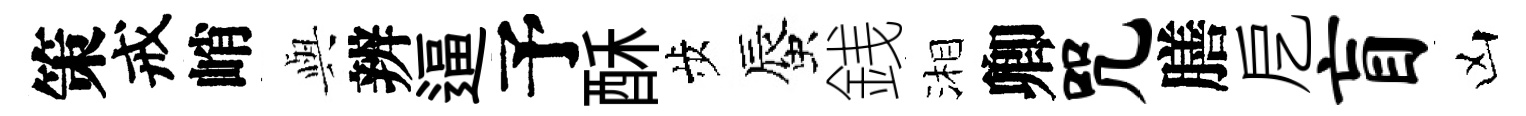
策戒峭𫤰辨逼予酥歩蜃銭湘卿咒膳戹盲凶